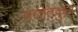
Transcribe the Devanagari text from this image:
प्रद्योतकुल